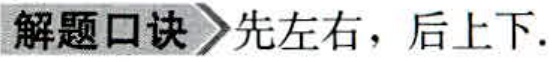
解题口诀 先左右，后上下.